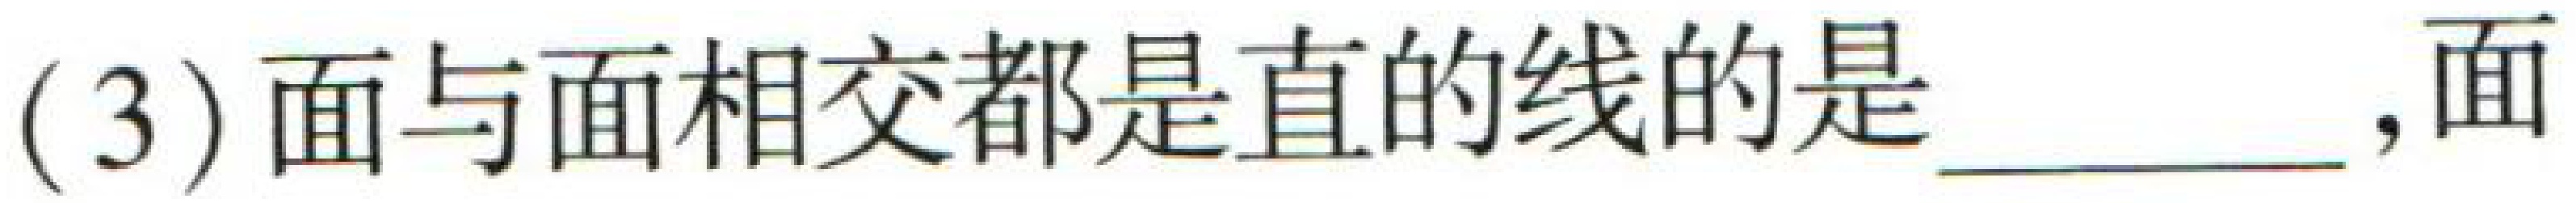
(3)面与面相交都是直的线的是  ，面